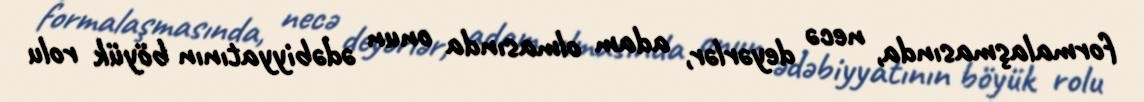
formalaşmasında, necə deyərlər, adam olmasında onun ədəbiyyatının böyük rolu